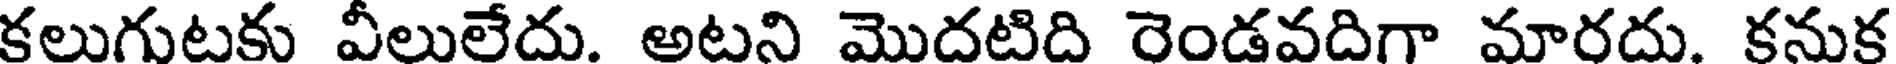
కలుగుటకు వీలులేదు. అటని మొదటిది రెండవదిగా మారదు. కనుక